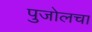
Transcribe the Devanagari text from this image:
पुजोलचा